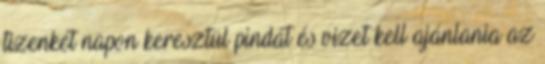
tizenkét napon keresztül pindát és vizet kell ajánlania az